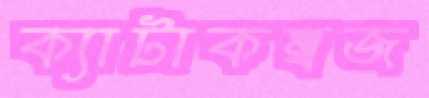
ক্যাটাকম্বজ